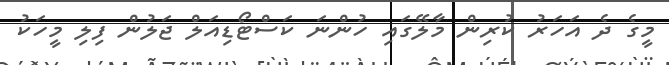
މީގެ ދެ އަހަރު ކުރިން މާލޭގައި ހުންނަ ކަސްޓޯޑިއަލް ޖަލުން ފިލި މީހަކު